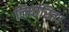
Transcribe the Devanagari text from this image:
निर्धारित।